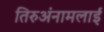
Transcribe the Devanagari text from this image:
तिरुअंनामलाई